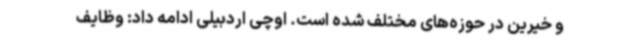
و خیرین در حوزه‌های مختلف شده است. اوچی اردبیلی ادامه داد: وظایف